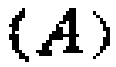
\((A)\)